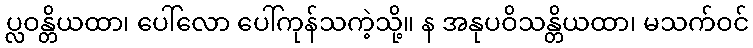
ပ္လဝန္တိယထာ၊ ပေါ်လော ပေါ်ကုန်သကဲ့သို့။ န အနုပဝိသန္တိယထာ၊ မသက်ဝင်